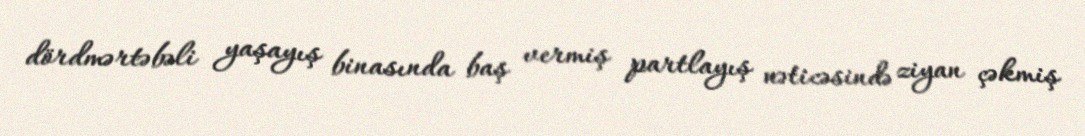
dördmərtəbəli yaşayış binasında baş vermiş partlayış nəticəsində ziyan çəkmiş